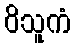
ဝိသူကံ